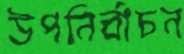
উপনির্বাচন